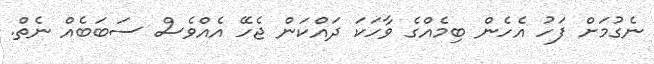
ނެގުމަށް ފަހު އެހެން ބިމެއްގެ ވާހަކަ ދައްކަން ޖެހޭ އެއްވެސް ސަބަބެއް ނެތް.